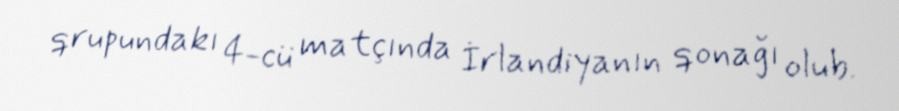
qrupundakı 4-cü matçında İrlandiyanın qonağı olub.